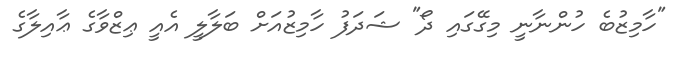
"ހާމިޒުބެ ހުންނާނީ މިގޭގައި ދޯ" ޝަދަފު ހާމިޒުއަށް ބަލާލީ އެއީ ޢިޒްވާގެ ޢާއިލާގެ